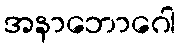
အနာဘောဂေါ